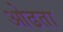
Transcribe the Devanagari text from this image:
ओढता